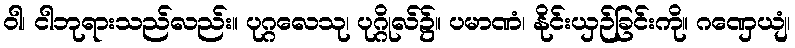
ဝါ၊ ငါဘုရားသည်လည်း။ ပုဂ္ဂလေသု၊ ပုဂ္ဂိုလ်၌။ ပမာဏံ၊ နိုင်းယှဉ်ခြင်းကို။ ဂဏှေယျံ၊